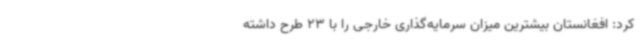
کرد: افغانستان بیشترین میزان سرمایه‌گذاری خارجی را با 23 طرح داشته